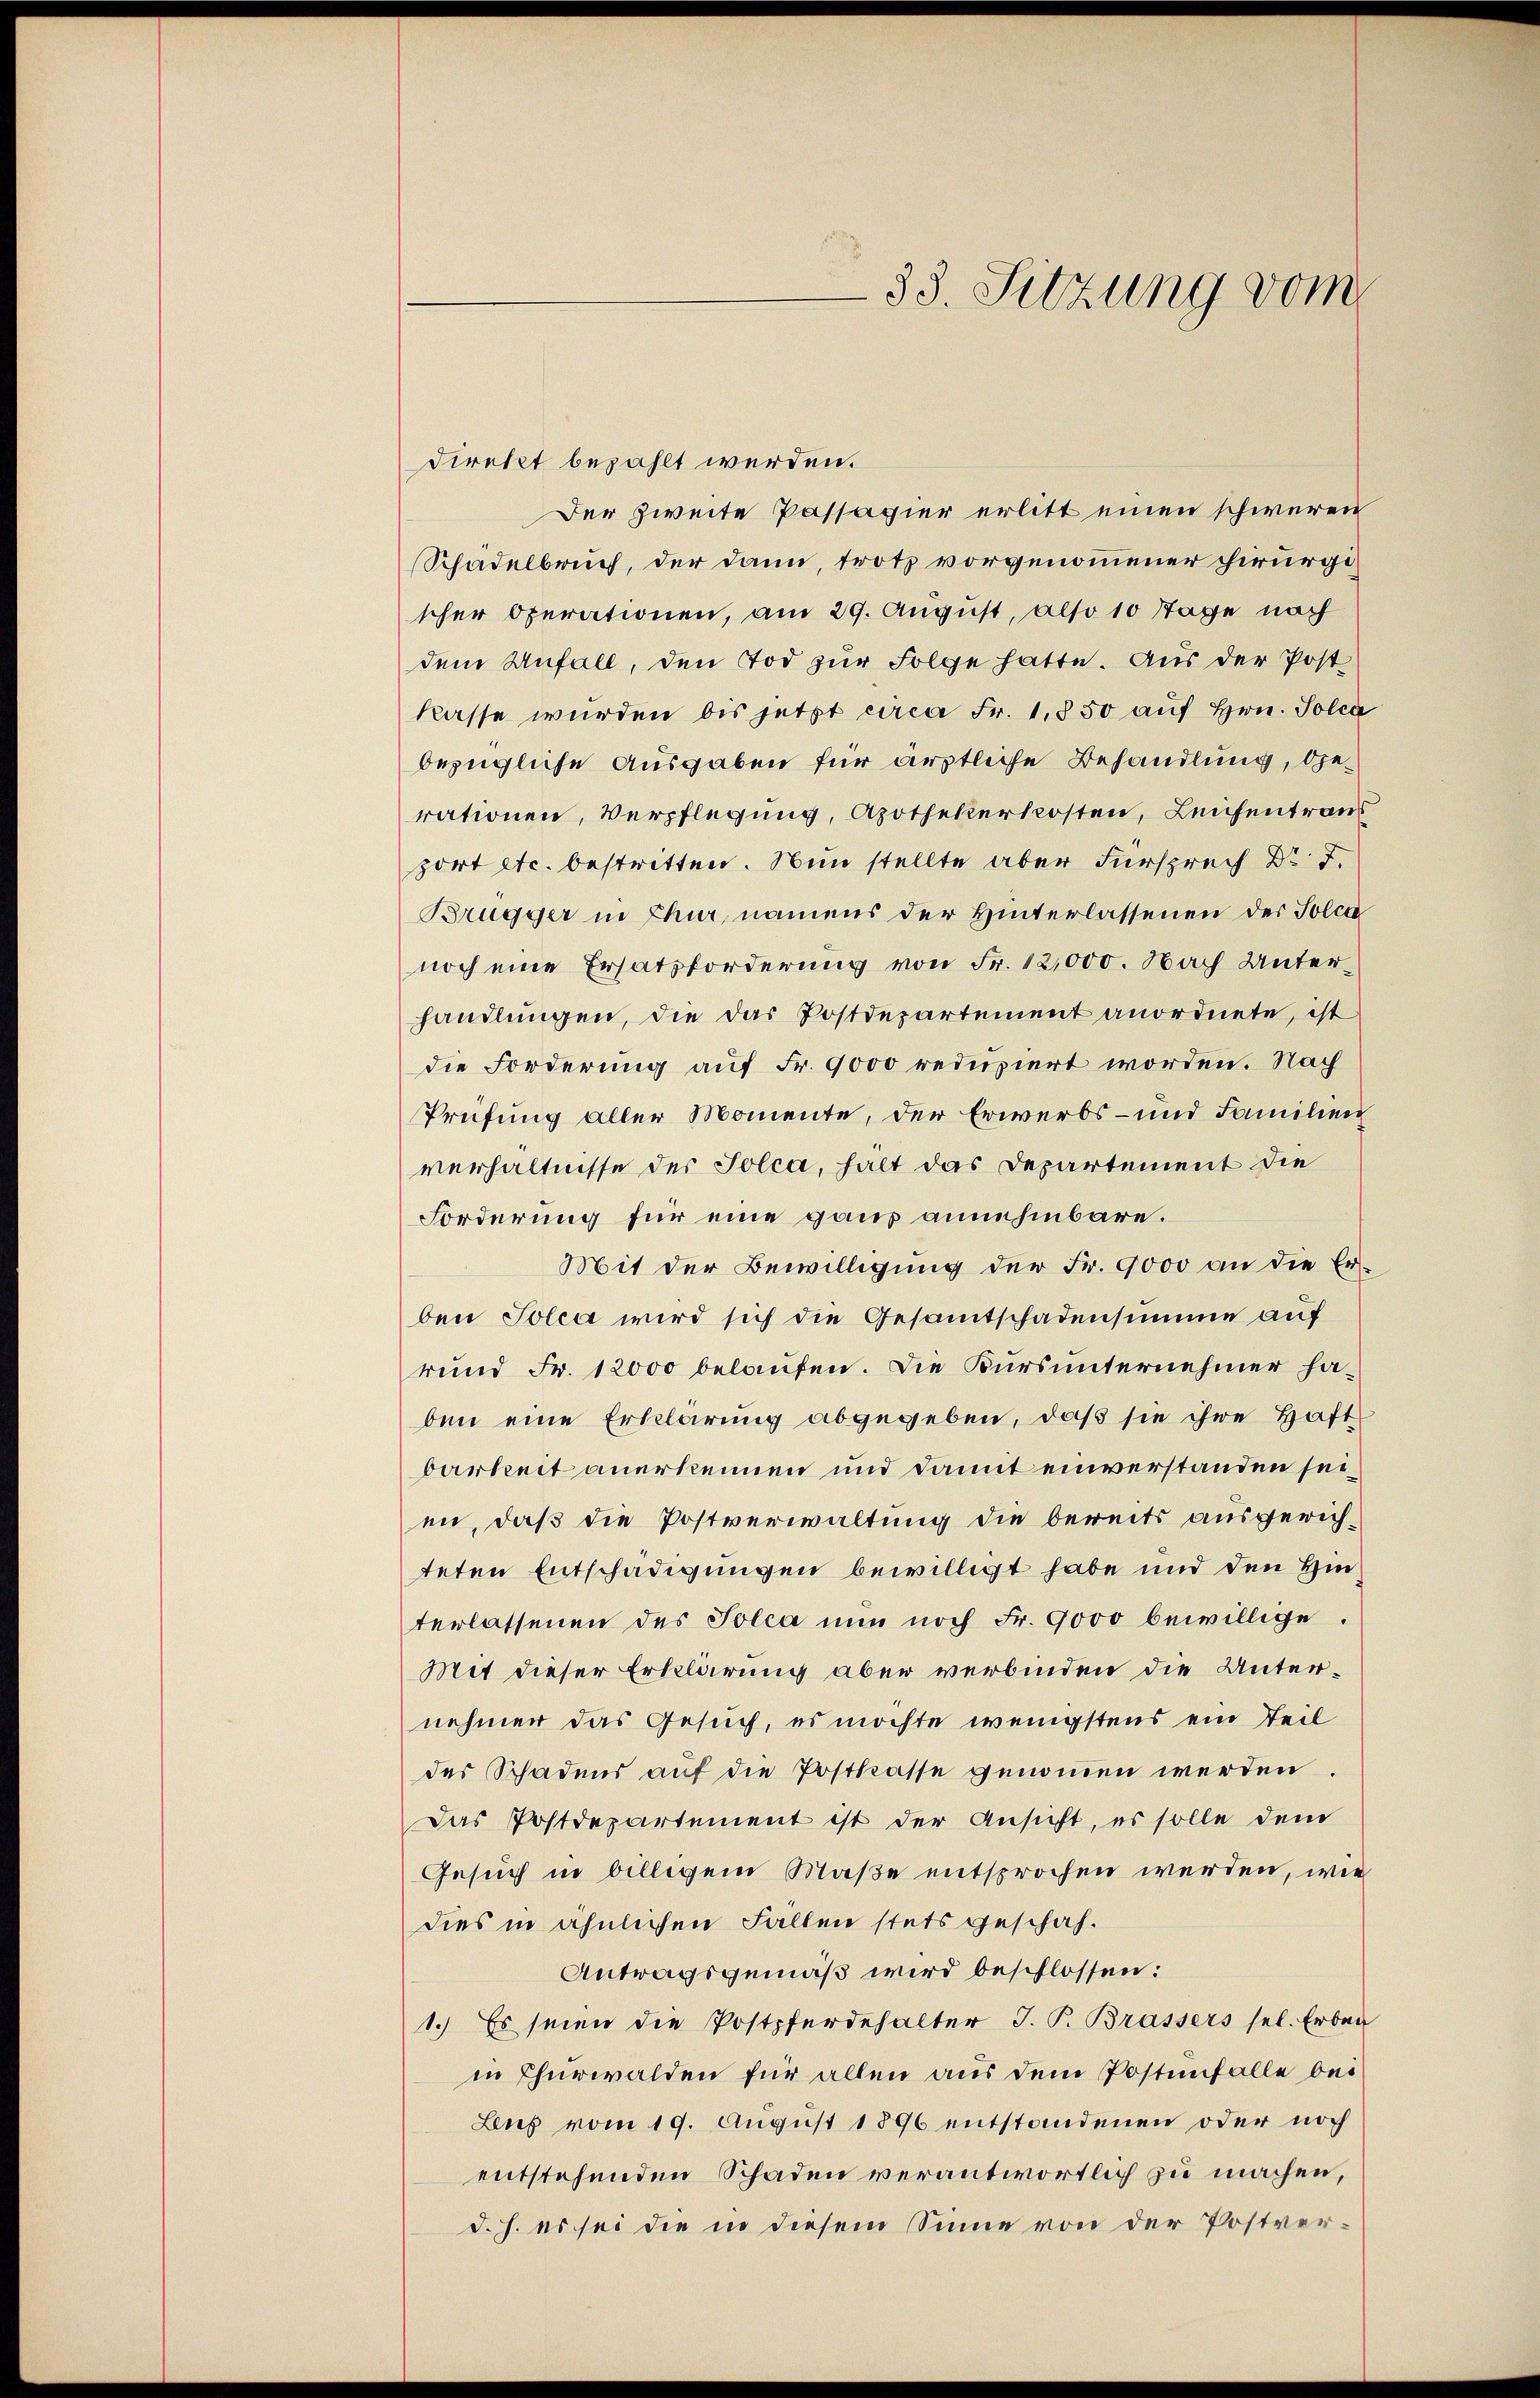
direkt bezahlt werden.
Der zweite Passagier erlitt einen schweren
Schadelbruch, der dann, trotz vorgenommener chirurgischer Operationen, am 29. August, also 10 Tage nach
dem Anfall, den Tod zur Folge hatte. Aus der Post
kasse wurden bis jetzt circa Fr. 1850 auf Hrn. Solca
bezügliche Ausgaben für ärztliche Behandlung, gerationen, Verpflegung, Apothekerkosten, Leichentraus
zort etc. bestritten. Nun stellte aber Fürsprech Dr J.
Brugger in Chur, namens der Hinterlassenen der Solca
noch eine Ersatzforderung von Fr. 12,000. Nach Unterhandlungen, die das Postdepartement anordnete, ist
die Forderung auf Fr. 9000 reduziert worden. Nach
Prüfung aller Momente, der Erwerbs- und Familien
verhältnisse der Tolca, halt das Departement die
Forderung für eine gaus annehmbare.
Mit der Bewilligung der Fr. 9000 an die Erben Solca wird sich die Gesamtschadensumme auf
rund Fr. 12000 belaufen. Die Kursunternehmer haben eine Erklärung abgegeben, daß sie ihre Haft
barkeit anerkennen und damit einverstanden seien, daß die Postverwaltung die bereits ausgerichteten Entschädigungen bewilligt habe und den Hinterlassenen des Tolca nun noch Fr. 9000 bewillige.
Mit dieser Erklärung aber verbinden die Unternehmer das Gesuch, es möchte wenigstens ein Teil
der Schadens auf die Postkasse genommen werden.
Das Postdepartement ist der Ansicht, es solle dem
Gesuch in billigem Maße entsprochen werden, wie
dies in ähnlichen Fällen stets geschah.
Antragsgemäß wird beschlossen:
1.) Es seien die Postpferdehalter J. P. Brassers sel. Erben
in Churwalden für allen aus dem Postenfalle bei
Leus vom 19. August 1896 entstandenen oder noch
entstehenden Schaden verantwortlich zu machen,
d. h. es sei die in diesem Sinne von der Postver¬

33. Sitzung vom